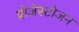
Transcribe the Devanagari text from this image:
प्रोजेस्टोजन